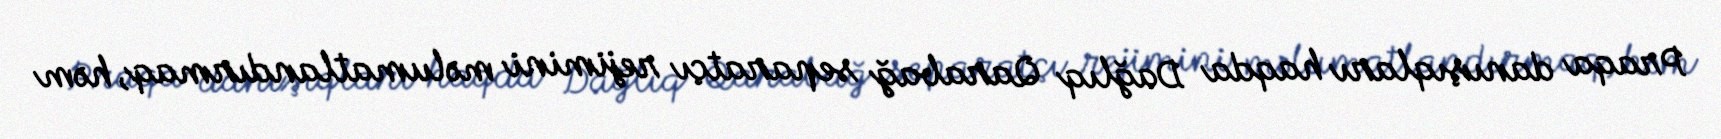
Praqa danışıqları haqda Dağlıq Qarabağ separatçı rejimini məlumatlandırmaq, həm